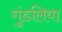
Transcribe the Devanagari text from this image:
गुंडलिया